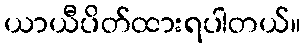
ယာယီပိတ်ထားရပါတယ်။